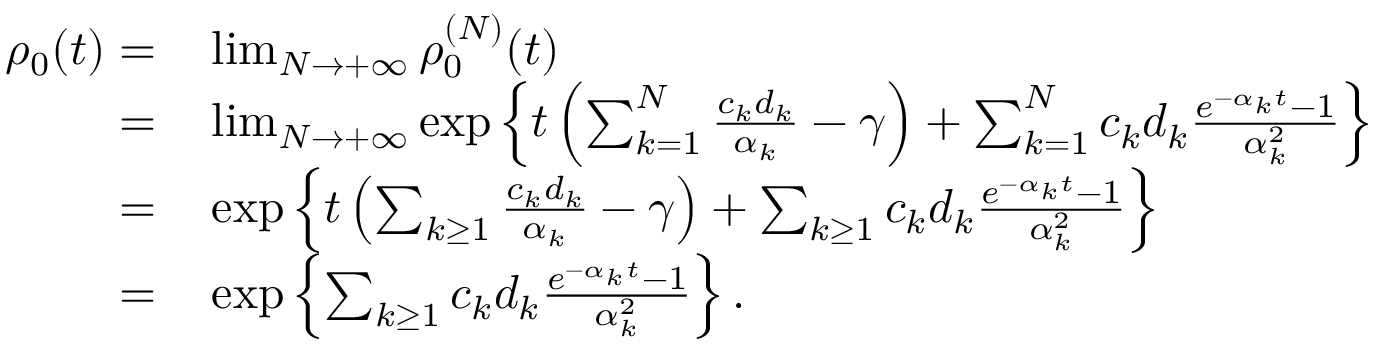
\begin{array} { r l } { \rho _ { 0 } ( t ) = } & { { } \operatorname* { l i m } _ { N \to + \infty } \rho _ { 0 } ^ { ( N ) } ( t ) } \\ { = } & { { } \operatorname* { l i m } _ { N \to + \infty } \exp \left\{ t \left( \sum _ { k = 1 } ^ { N } \frac { c _ { k } d _ { k } } { \alpha _ { k } } - \gamma \right) + \sum _ { k = 1 } ^ { N } c _ { k } d _ { k } \frac { e ^ { - \alpha _ { k } t } - 1 } { \alpha _ { k } ^ { 2 } } \right\} } \\ { = } & { { } \exp \left\{ t \left( \sum _ { k \geq 1 } \frac { c _ { k } d _ { k } } { \alpha _ { k } } - \gamma \right) + \sum _ { k \geq 1 } c _ { k } d _ { k } \frac { e ^ { - \alpha _ { k } t } - 1 } { \alpha _ { k } ^ { 2 } } \right\} } \\ { = } & { { } \exp \left\{ \sum _ { k \geq 1 } c _ { k } d _ { k } \frac { e ^ { - \alpha _ { k } t } - 1 } { \alpha _ { k } ^ { 2 } } \right\} . } \end{array}